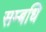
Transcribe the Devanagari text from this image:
सम्बधि